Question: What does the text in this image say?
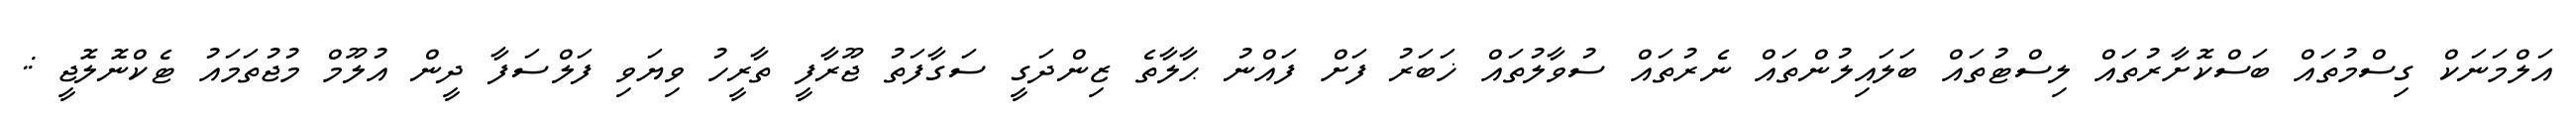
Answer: އަލްމަނަކް ގިސްމުތައް ބަސްކޮށާރުތައް ލިސްޓުތައް ބަލައިލުންތައް ނެރުތައް ސުވާލުތައް ޚަބަރު ފަށް ފައްނު ޙާލާތެ ޒިންދަގީ ސަގާފަތު ޖޫރާފީ ތާރީހު ވިޔަވި ފަލްސަފާ ދީން އުލޫމް މުޖުތަމައު ޓެކްނޮލޮޖީ :.